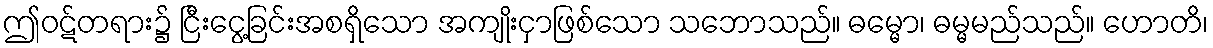
ဤဝဋ်တရား၌ ငြီးငွေ့ခြင်းအစရှိသော အကျိုးငှာဖြစ်သော သဘောသည်။ ဓမ္မော၊ ဓမ္မမည်သည်။ ဟောတိ၊